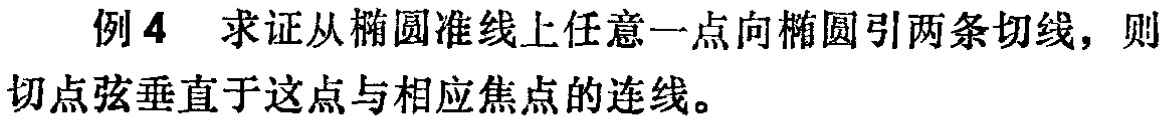
例 4 求证从椭圆准线上任意一点向椭圆引两条切线，则切点弦垂直于这点与相应焦点的连线。